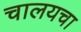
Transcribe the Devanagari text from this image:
चालयचा